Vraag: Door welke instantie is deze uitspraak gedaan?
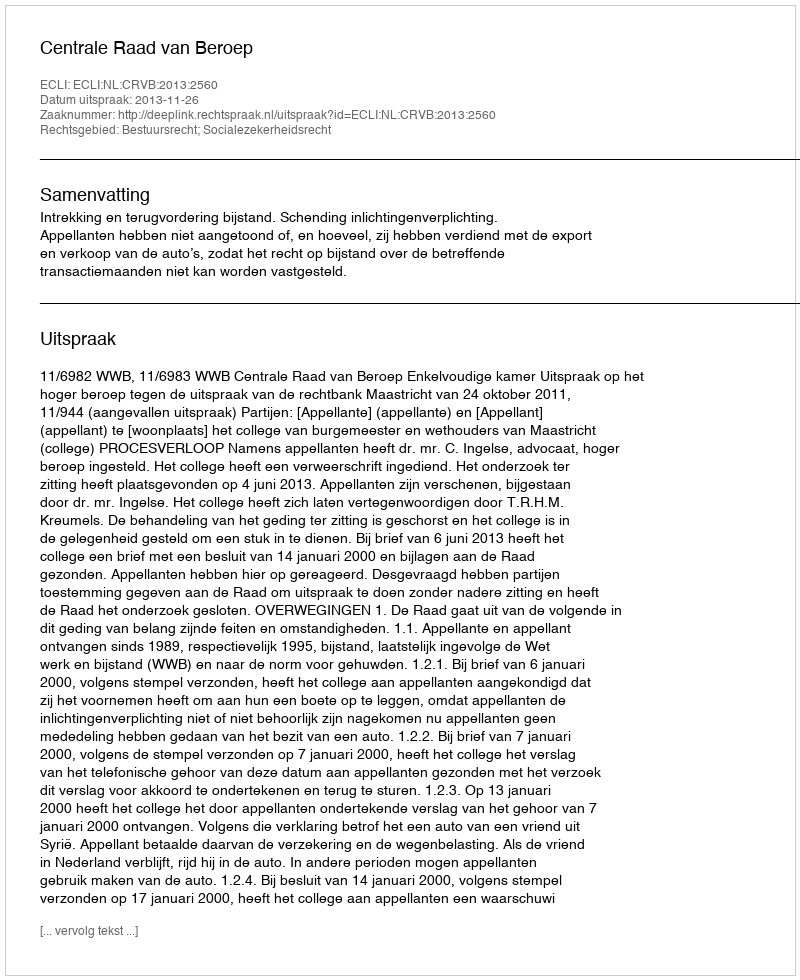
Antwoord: Centrale Raad van Beroep